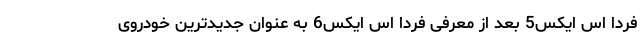
فردا اس ایکس5 بعد از معرفی فردا اس ایکس6 به عنوان جدیدترین خودروی